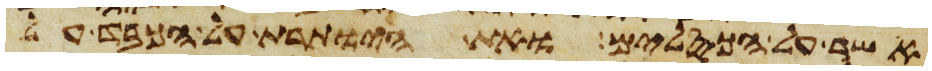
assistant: אשר על הכסלים ואת היותרת על הכבד על